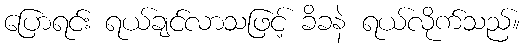
ပြောရင်း ရယ်ချင်လာသဖြင့် ခိခနဲ ရယ်လိုက်သည်။